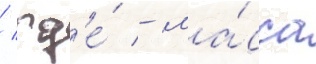
/ гд'е́ - ма́сса